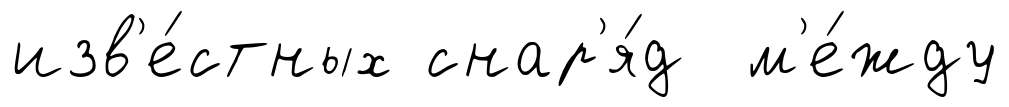
изв'е́стных снар'я́д м'е́жду